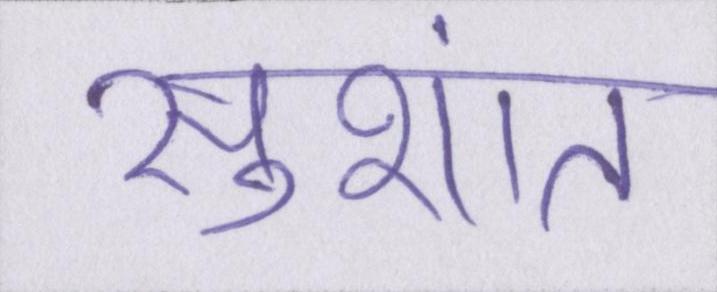
सुशांत